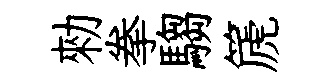
勑拳騶篪